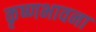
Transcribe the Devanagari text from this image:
कृष्णभावना